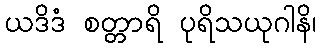
ယဒိဒံ စတ္တာရိ ပုရိသယုဂါနိ၊